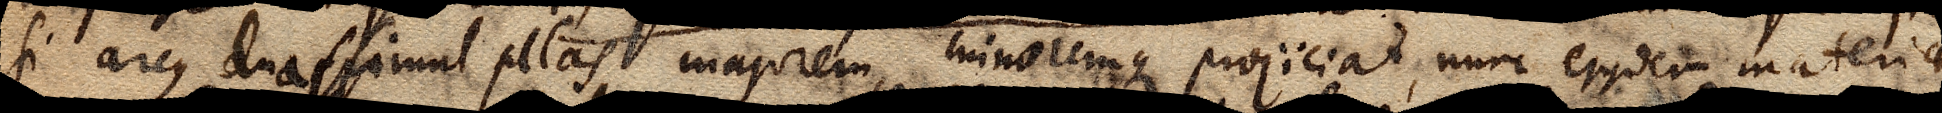
si arcus duas simul pilas majorem minoremque projiciat, nunc ejusdem materiae